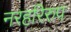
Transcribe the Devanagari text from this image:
नरहरिरुप